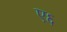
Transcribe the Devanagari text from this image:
ए६